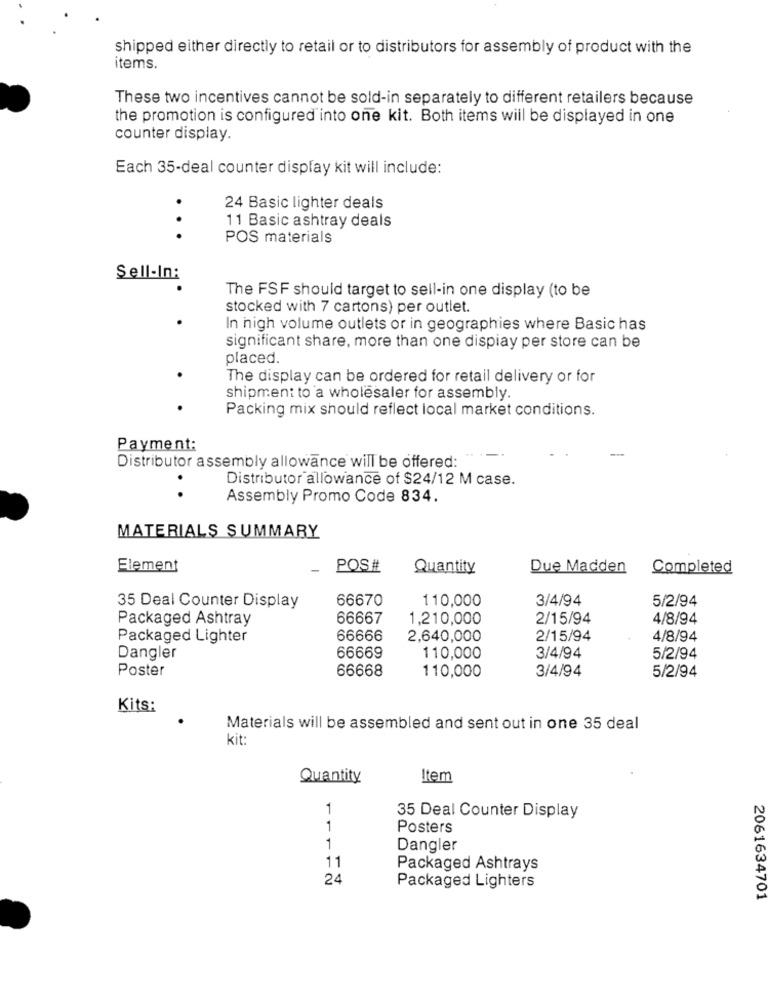
shipped either directly to retail or to distributors for assembly of product with the
items.
These two incentives cannot be sold-in separately to different retailers because
the promotion is configured into one kit. Both items will be displayed in one
counter display.
Each 35-deal counter display kit will include:
24 Basic lighter deals
11 Basic ashtray deals
.. .
POS materials
Sell-In:
The FSF should target to sell-in one display (to be
stocked with 7 cartons) per outlet.
In high volume outlets or in geographies where Basic has
significant share, more than one dispiay per store can be
placed.
The display can be ordered for retail delivery or for
shipment to a wholesaler for assembly.
Packing mix should reflect local market conditions.
Payment:
Distributor assembly allowance will be offered:
Distributor allowance of $24/12 M case.
..
Assembly Promo Code 834.
MATERIALS SUMMARY
Element
POS#
Quantity
Due Madden
Completed
66670
110,000
3/4/94
5/2/94
35 Deal Counter Display
Packaged Ashtray
66667
1,210,000
2/15/94
4/8/94
Packaged Lighter
66666
2,640,000
2/15/94
4/8/94
Dangler
66669
110,000
3/4/94
5/2/94
Poster
66668
110,000
3/4/94
5/2/94
Kits:
Materials will be assembled and sent out in one 35 deal
kit
Quantity
Item
1
35 Deal Counter Display
1
Posters
1
Dangler
11
Packaged Ashtrays
24
Packaged Lighters
2061634701